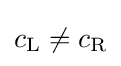
c_{\mathrm {L} }\neq c_{\mathrm {R} }